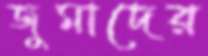
জুমাদের